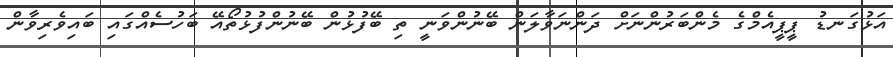
އަޅުގަނޑު ޕީޕީއެމްގެ މެންބަރުންނަށް ދަންނަވާލަން ބޭނުންވަނީ ތި ބޭފުޅުން ބޭނުންފުޅުތޯއޭ ބަހުސެއްގައި ބައިވެރިވާން